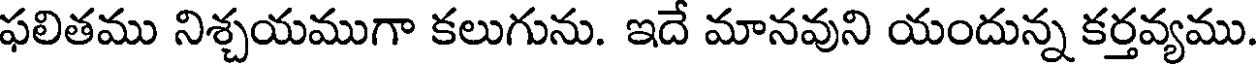
ఫలితము నిశ్చయముగా కలుగును. ఇదే మానవుని యందున్న కర్తవ్యము.